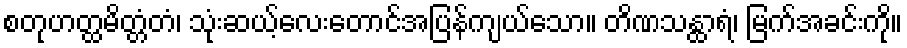
စတုဟတ္ထမိတ္တံတံ၊ သုံးဆယ့်လေးတောင်အပြန်ကျယ်သော။ တိဏသန္ထာရံ၊ မြက်အခင်းကို။